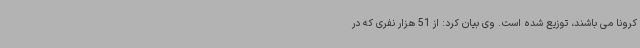
کرونا می باشند، توزیع شده است. وی بیان کرد: از 51 هزار نفری که در